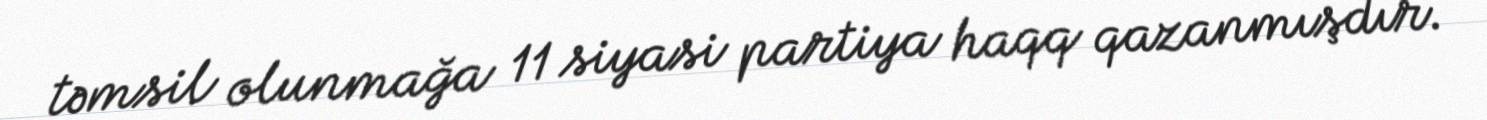
təmsil olunmağa 11 siyasi partiya haqq qazanmışdır.